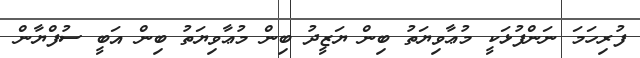
ފުރިހަމަ ނަންފުޅަކީ މުޢާވިޔަތު ބިން ޔަޒީދު ބިން މުޢާވިޔަތު ބިން އަބީ ސުފްޔާން